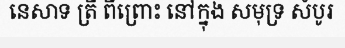
នេសាទ ត្រី ពីព្រោះ នៅក្នុង សមុទ្រ សំបូរ